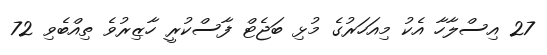
27 އިސްލާހާ އެކު މިއަހަރުގެ މުޅި ބަޖެޓް ފާސްކުރީ ހާޒިރުވެ ތިއްބެވި 72